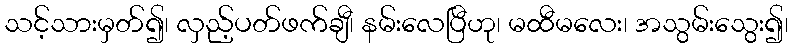
သင့်သားမှတ်၍၊ လှည့်ပတ်ဖက်ချီ၊ နမ်းလေပြီဟု၊ မထီမလေး၊ အသွမ်းသွေး၍၊